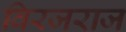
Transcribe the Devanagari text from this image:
विरजराज